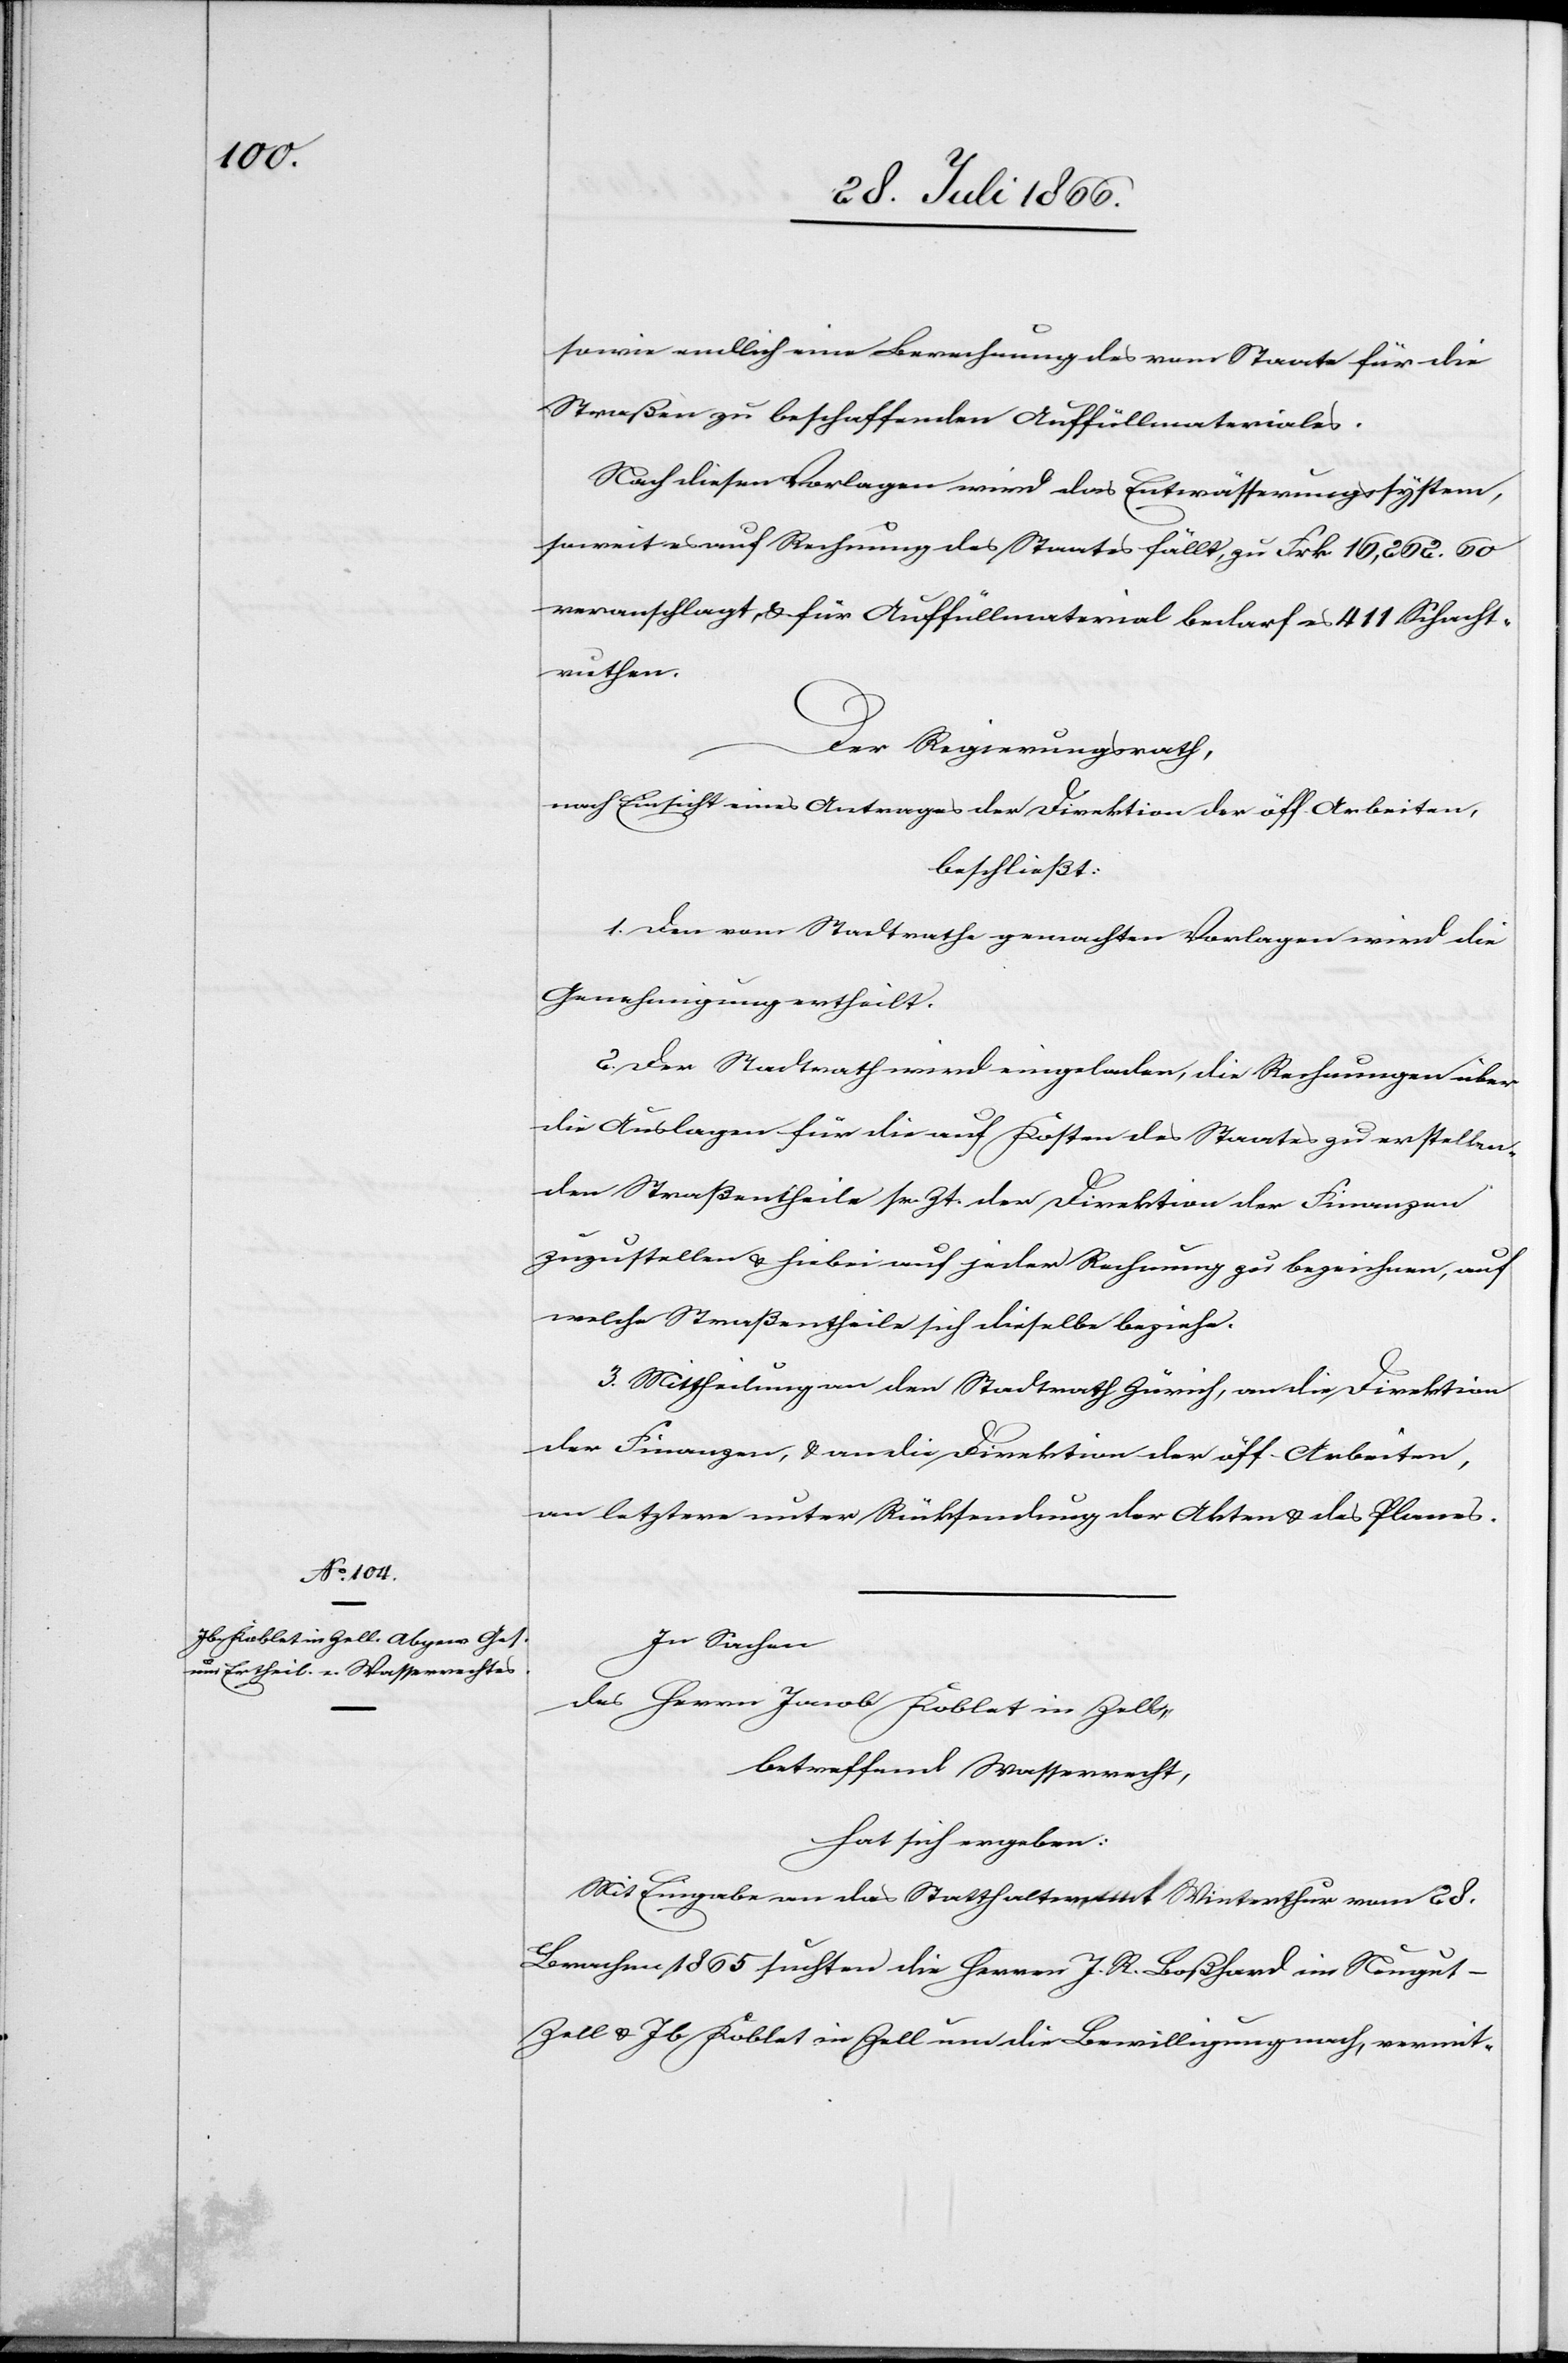
sowie endlich eine Berechnung des vom Staate für die
Straßen zu beschaffenden Auffüllmaterials.
Nach diesen Vorlagen wird das Entwässerungssystem,
soweit es auf Rechnung des Staats fällt, zu Frk. 16 202.60
veranschlagt, u. für Auffüllmaterial bedarf es 411 Schacht¬
ruthen.
Der Regierungsrath,
nach Einsicht eines Antrages der Direktion der öff. Arbeiten,
beschließt:
1. Den vom Stadtrathe gemachten Vorlagen wird die
Genehmigung ertheilt.
2. Der Stadtrath wird eingeladen, die Rechnungen über
die Auslagen für die auf Kosten des Staates zu erstellen¬
den Straßentheile sr. Zt. der Direktion der Finanzen
zuzustellen u. hiebei auf jeder Rechnung zu bezeichnen, auf
welche Straßentheile sich dieselbe beziehe.
3. Mittheilungen an den Stadtrath Zürich, an die Direktion
der Finanzen, u. an die Direktion der öff. Arbeiten,
an letztere unter Rücksendung der Akten u. des Planes.
In Sachen
des Herrn Jacob Koblet in Zell,
betreffend Wasserrecht,
hat sich ergeben:
Mit Eingabe an das Statthalteramt Winterthur vom 28.
Brachm. 1865 suchten die Herren J. R. Boßhard im Neugu¬
t-Zell u. Jb Koblet in Zell um die Bewilligung nach, vermit-